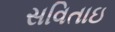
સવિતાઇ